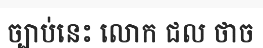
ច្បាប់នេះ លោក ជល ថាច